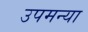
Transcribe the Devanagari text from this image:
उपमन्या